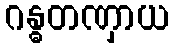
ဂန္ဓတဏှာယ